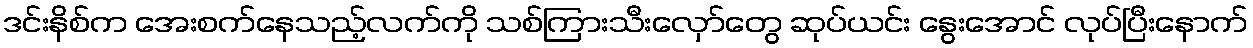
ဒင်းနိစ်က အေးစက်နေသည့်လက်ကို သစ်ကြားသီးလှော်တွေ ဆုပ်ယင်း နွေးအောင် လုပ်ပြီးနောက်